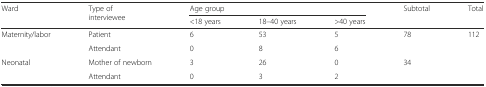
<table><thead><tr><td rowspan="2"><b>Ward</b></td><td rowspan="2"><b>Type of interviewee</b></td><td colspan="3"><b>Age group</b></td><td rowspan="2"><b>Subtotal</b></td><td rowspan="2"><b>Total</b></td></tr><tr><td><b>&lt;18 years</b></td><td><b>18–40 years</b></td><td><b>&gt;40 years</b></td></tr></thead><tbody><tr><td rowspan="2">Maternity/labor</td><td>Patient</td><td>6</td><td>53</td><td>5</td><td rowspan="2">78</td><td rowspan="4">112</td></tr><tr><td>Attendant</td><td>0</td><td>8</td><td>6</td></tr><tr><td rowspan="2">Neonatal</td><td>Mother of newborn</td><td>3</td><td>26</td><td>0</td><td rowspan="2">34</td></tr><tr><td>Attendant</td><td>0</td><td>3</td><td>2</td></tr></tbody></table>